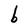
Character: b